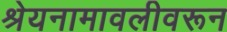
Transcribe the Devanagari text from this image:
श्रेयनामावलीवरून